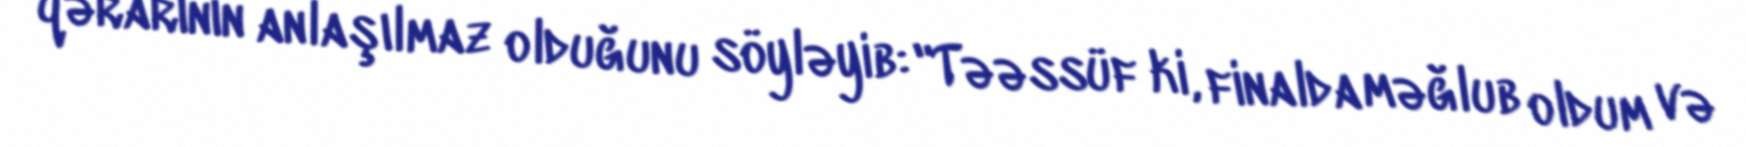
qərarının anlaşılmaz olduğunu söyləyib: "Təəssüf ki, finalda məğlub oldum və